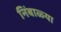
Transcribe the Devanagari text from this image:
निंबाळ्या